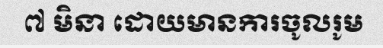
៧ មិនា ដោយមានការចូលរូម